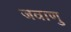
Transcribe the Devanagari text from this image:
जवाणु